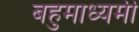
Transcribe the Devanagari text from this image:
बहुमाध्यमी